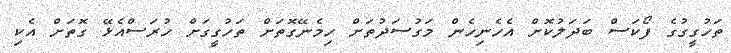
ތަހުގީގުގެ ފޯކަސް ބަދަލުކޮށް އެހެނިހެން މަގުސަދުތަށް ހިމެނޭގޮތަށް ތަހުގީގަށް ހުރަސްއެޅޭ ގޮތަށް އެކި